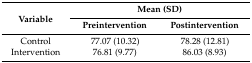
<table><thead><tr><td rowspan="2"><b>Variable</b></td><td colspan="2"><b>Mean (SD)</b></td></tr><tr><td><b>Preintervention</b></td><td><b>Postintervention</b></td></tr></thead><tbody><tr><td>Control Intervention</td><td>77.07 (10.32) 76.81 (9.77)</td><td>78.28 (12.81) 86.03 (8.93)</td></tr></tbody></table>